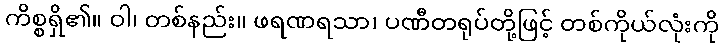
ကိစ္စရှိ၏။ ဝါ၊ တစ်နည်း။ ဖရဏရသာ၊ ပဏီတရုပ်တို့ဖြင့် တစ်ကိုယ်လုံးကို